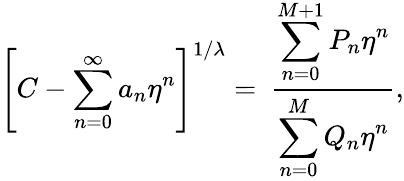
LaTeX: \left[C-\sum_{n=0}^{\infty}a_{n}\eta^{n}\right]^{1/\lambda}=~\frac{\displaystyle\sum_{n=0}^{M+1}P_{n}\eta^{n}}{\displaystyle\sum_{n=0}^{M}Q_{n}\eta^{n}},